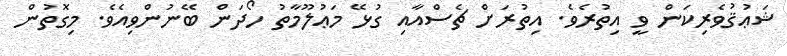
ޝަޢުޤުވެރިކަން ވީ އިތުރެވެ. އިތުރަށް ޗެސްއާއި ގުޅޭ މަޢުލޫމާތު ހޯދަން ބޭނުންވިއެވެ. މިގޮތުން